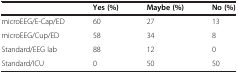
<table><thead><tr><td><b> </b></td><td><b>Yes (%)</b></td><td><b>Maybe (%)</b></td><td><b>No (%)</b></td></tr></thead><tbody><tr><td>microEEG/E-Cap/ED</td><td>60</td><td>27</td><td>13</td></tr><tr><td>microEEG/Cup/ED</td><td>58</td><td>34</td><td>8</td></tr><tr><td>Standard/EEG lab</td><td>88</td><td>12</td><td>0</td></tr><tr><td>Standard/ICU</td><td>0</td><td>50</td><td>50</td></tr></tbody></table>